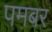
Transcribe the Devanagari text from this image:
पमबर